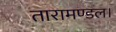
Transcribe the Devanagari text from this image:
तारामण्डल।